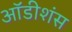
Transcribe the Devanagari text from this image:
ऑडीशंस